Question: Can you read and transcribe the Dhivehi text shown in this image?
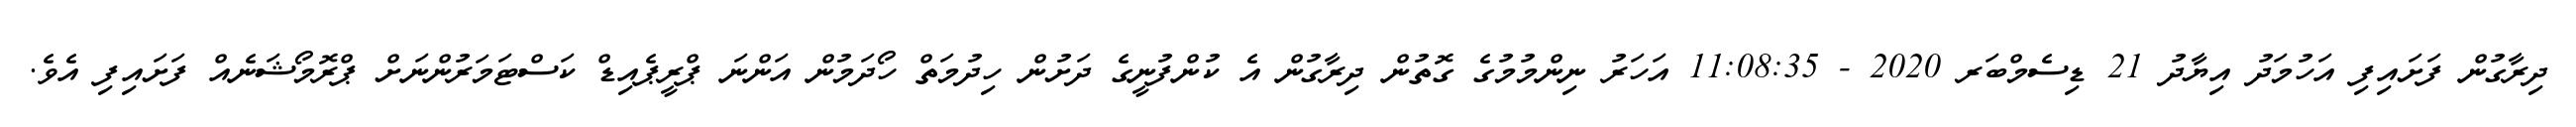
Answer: ދިރާގުން ފަށައިފި އަހުމަދު އިޔާދު 21 ޑިސެމްބަރ 2020 - 11:08:35 އަހަރު ނިންމުމުގެ ގޮތުން ދިރާގުން އެ ކުންފުނީގެ ދަށުން ހިދުމަތް ހޯދަމުން އަންނަ ޕްރީޕެއިޑް ކަސްޓަމަރުންނަށް ޕްރޮމޯޝަނެއް ފަށައިފި އެވެ.